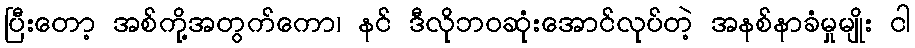
ပြီးတော့ အစ်ကို့အတွက်ကော၊ နင် ဒီလိုဘဝဆုံးအောင်လုပ်တဲ့ အနစ်နာခံမှုမျိုး ငါ